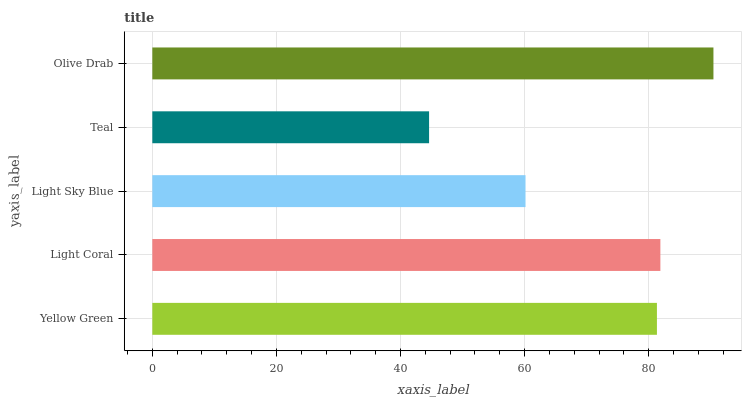
| yaxis_label | bars |
 | --- | --- |
 | Yellow Green | 81.3 |
 | Light Coral | 81.9 |
 | Light Sky Blue | 60.1 |
 | Teal | 44.6 |
 | Olive Drab | 90.4 |